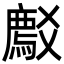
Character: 𬋽